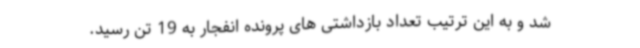
شد و به این ترتیب تعداد بازداشتی های پرونده انفجار به 19 تن رسید.